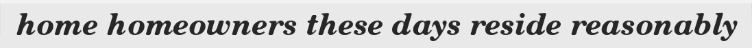
home homeowners these days reside reasonably